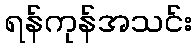
ရန်ကုန်အသင်း